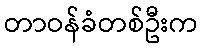
တာဝန်ခံတစ်ဦးက